Report on vaccination North-West Frontier Province 1904-1922 - 1904-1922
Year: 1904
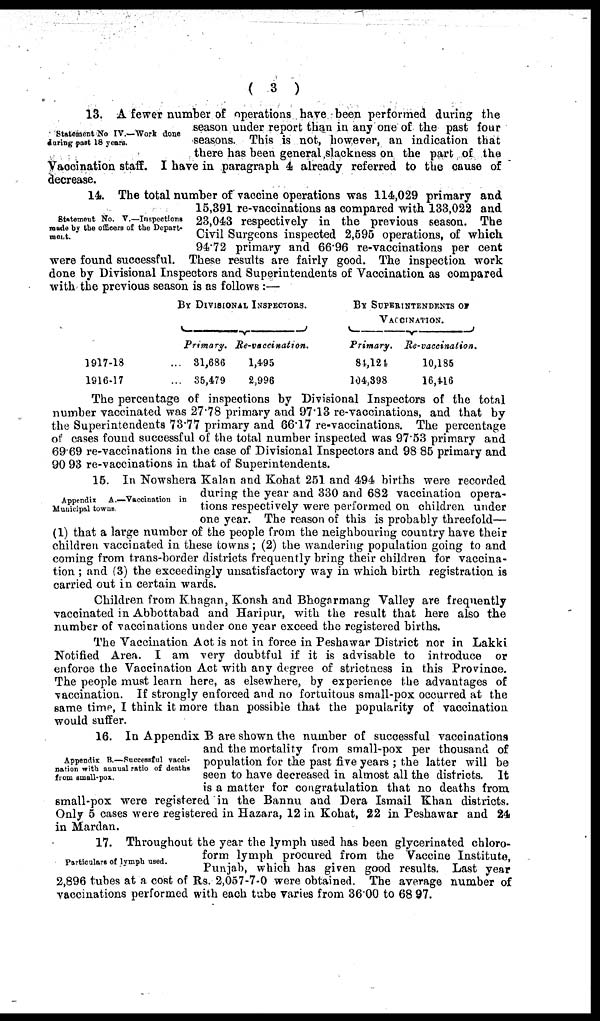
( 3 )
Statement No IV.—Work done
during past 18 years.
13. A fewer number of operations have been performed during the
season under report than in any one of the past four
seasons. This is not, however, an indication that
there has been general slackness on the part of the
Vaccination staff. I have in paragraph 4 already referred to the cause of
decrease.
Statement No. V.—Inspections
made by the officers of the Depart-
ment.
14. The total number of vaccine operations was 114,029 primary and
15,391 re-vaccinations as compared with 133,022 and
23,043 respectively in the previous season. The
Civil Surgeons inspected 2,595 operations, of which
94.72 primary and 66.96 re-vaccinations per cent
were found successful. These results are fairly good. The inspection work
done by Divisional Inspectors and Superintendents of Vaccination as compared
with the previous season is as follows :—
1917-18 ...
1916-17 ...
BY DIVISIONAL INSPECTORS.
Primary.
31,686
35,479
Re-vaccination.
1,495
2,996
BY SUPERINTENDENTS OF
VACCINATION.
Primary.
84,124
104,398
Re-vaccination.
10,185
16,416
The percentage of inspections by Divisional Inspectors of the total
number vaccinated was 27.78 primary and 97.13 re-vaccinations, and that by
the Superintendents 73.77 primary and 66.17 re-vaccinations. The percentage
of cases found successful of the total number inspected was 97.53 primary and
69.69 re-vaccinations in the case of Divisional Inspectors and 98.85 primary and
90.93 re-vaccinations in that of Superintendents.
Appendix A.—Vaccination in
Municipal towns
15. In Nowshera Kalan and Kohat 251 and 494 births were recorded
during the year and 330 and 682 vaccination opera-
tions respectively were performed on children under
one year. The reason of this is probably threefold—
(1) that a large number of the people from the neighbouring country have their
children vaccinated in these towns ; (2) the wandering population going to and
coming from trans-border districts frequently bring their children for vaccina-
tion ; and (3) the exceedingly unsatisfactory way in which birth registration is
carried out in certain wards.
Children from Khagan, Konsh and Bhogarmang Valley are frequently
vaccinated in Abbottabad and Haripur, with the result that here also the
number of vaccinations under one year exceed the registered births.
The Vaccination Act is not in force in Peshawar District nor in Lakki
Notified Area. I am very doubtful if it is advisable to introduce or
enforce the Vaccination Act with any degree of strictness in this Province.
The people must learn here, as elsewhere, by experience the advantages of
vaccination. If strongly enforced and no fortuitous small-pox occurred at the
same time, I think it more than possible that the popularity of vaccination
would suffer.
Appendix B.—Successful vacci-
nation with annual ratio of deaths
from small-pox.
16. In Appendix B are shown the number of successful vaccinations
and the mortality from small-pox per thousand of
population for the past five years ; the latter will be
seen to have decreased in almost all the districts. It
is a matter for congratulation that no deaths from
small-pox were registered in the Bannu and Dera Ismail Khan districts.
Only 5 cases were registered in Hazara, 12 in Kohat, 22 in Peshawar and 24
in Mardan.
Particulars of lymph used.
17. Throughout the year the lymph used has been glycerinated chloro-
form lymph procured from the Vaccine Institute,
Punjab, which has given good results. Last year
2,896 tubes at a cost of Rs. 2,057-7-0 were obtained. The average number of
vaccinations performed with each tube varies from 36.00 to 68.97.